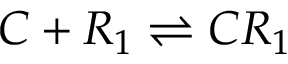
C + R _ { 1 } \stackrel { } { \rightleftharpoons } C R _ { 1 }